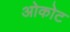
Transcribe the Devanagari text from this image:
ओकोट